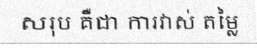
សរុប គឺជា ការវាស់ តម្លៃ